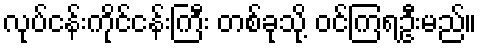
လုပ်ငန်းကိုင်ငန်းကြီး တစ်ခုသို့ ဝင်ကြရဦးမည်။